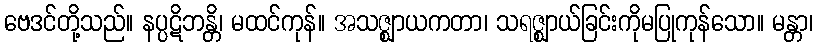
ဗေဒင်တို့သည်။ နပ္ပဋိဘန္တိ၊ မထင်ကုန်။ အသဇ္ဈာယကတာ၊ သရဇ္ဈာယ်ခြင်းကိုမပြုကုန်သော။ မန္တာ၊